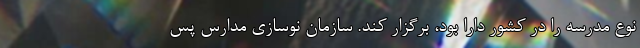
نوع مدرسه را در کشور دارا بود، برگزار کند. سازمان نوسازی مدارس پس